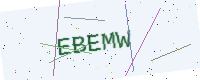
Text: EBEMW